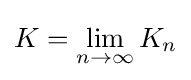
K=\lim _{n\to \infty }K_{n}